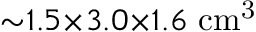
{ \sim } 1 . 5 { \times } 3 . 0 { \times } 1 . 6 ~ \mathrm { c m ^ { 3 } }